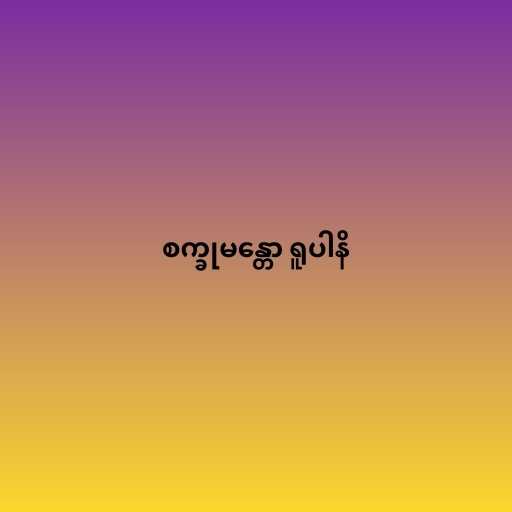
စက္ခုမန္တော ရူပါနိ